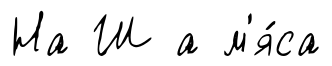
На Ш а м'я́са